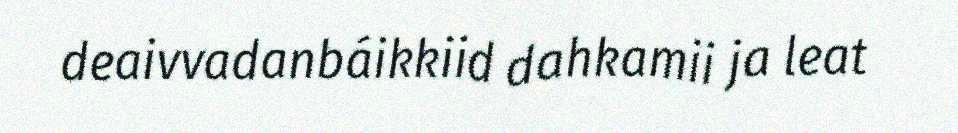
deaivvadanbáikkiid dahkamii ja leat